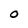
Character: 0